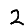
Digit: 2